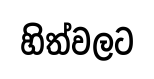
හිත්වලට